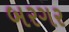
બરગર